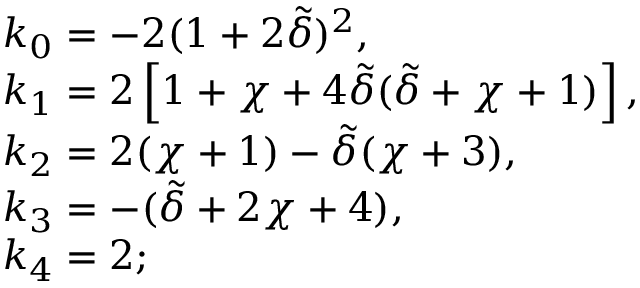
\begin{array} { r l } & { k _ { 0 } = - 2 ( 1 + 2 \tilde { \delta } ) ^ { 2 } , } \\ & { k _ { 1 } = 2 \left[ 1 + \chi + 4 \tilde { \delta } ( \tilde { \delta } + \chi + 1 ) \right] , } \\ & { k _ { 2 } = 2 ( \chi + 1 ) - \tilde { \delta } ( \chi + 3 ) , } \\ & { k _ { 3 } = - ( \tilde { \delta } + 2 \chi + 4 ) , } \\ & { k _ { 4 } = 2 ; } \end{array}